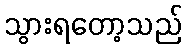
သွားရတော့သည်